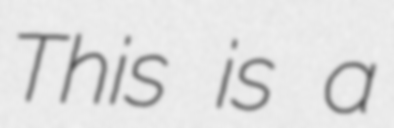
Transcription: This is a